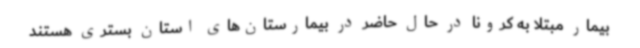
بیمار مبتلا به کرونا در حال حاضر در بیمارستان‌های استان بستری هستند